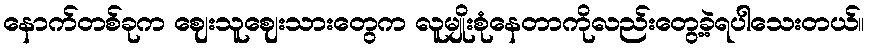
နောက်တစ်ခုက ဈေးသူဈေးသားတွေက လူမျိုးစုံနေတာကိုလည်းတွေ့ခဲ့ရပါသေးတယ်။